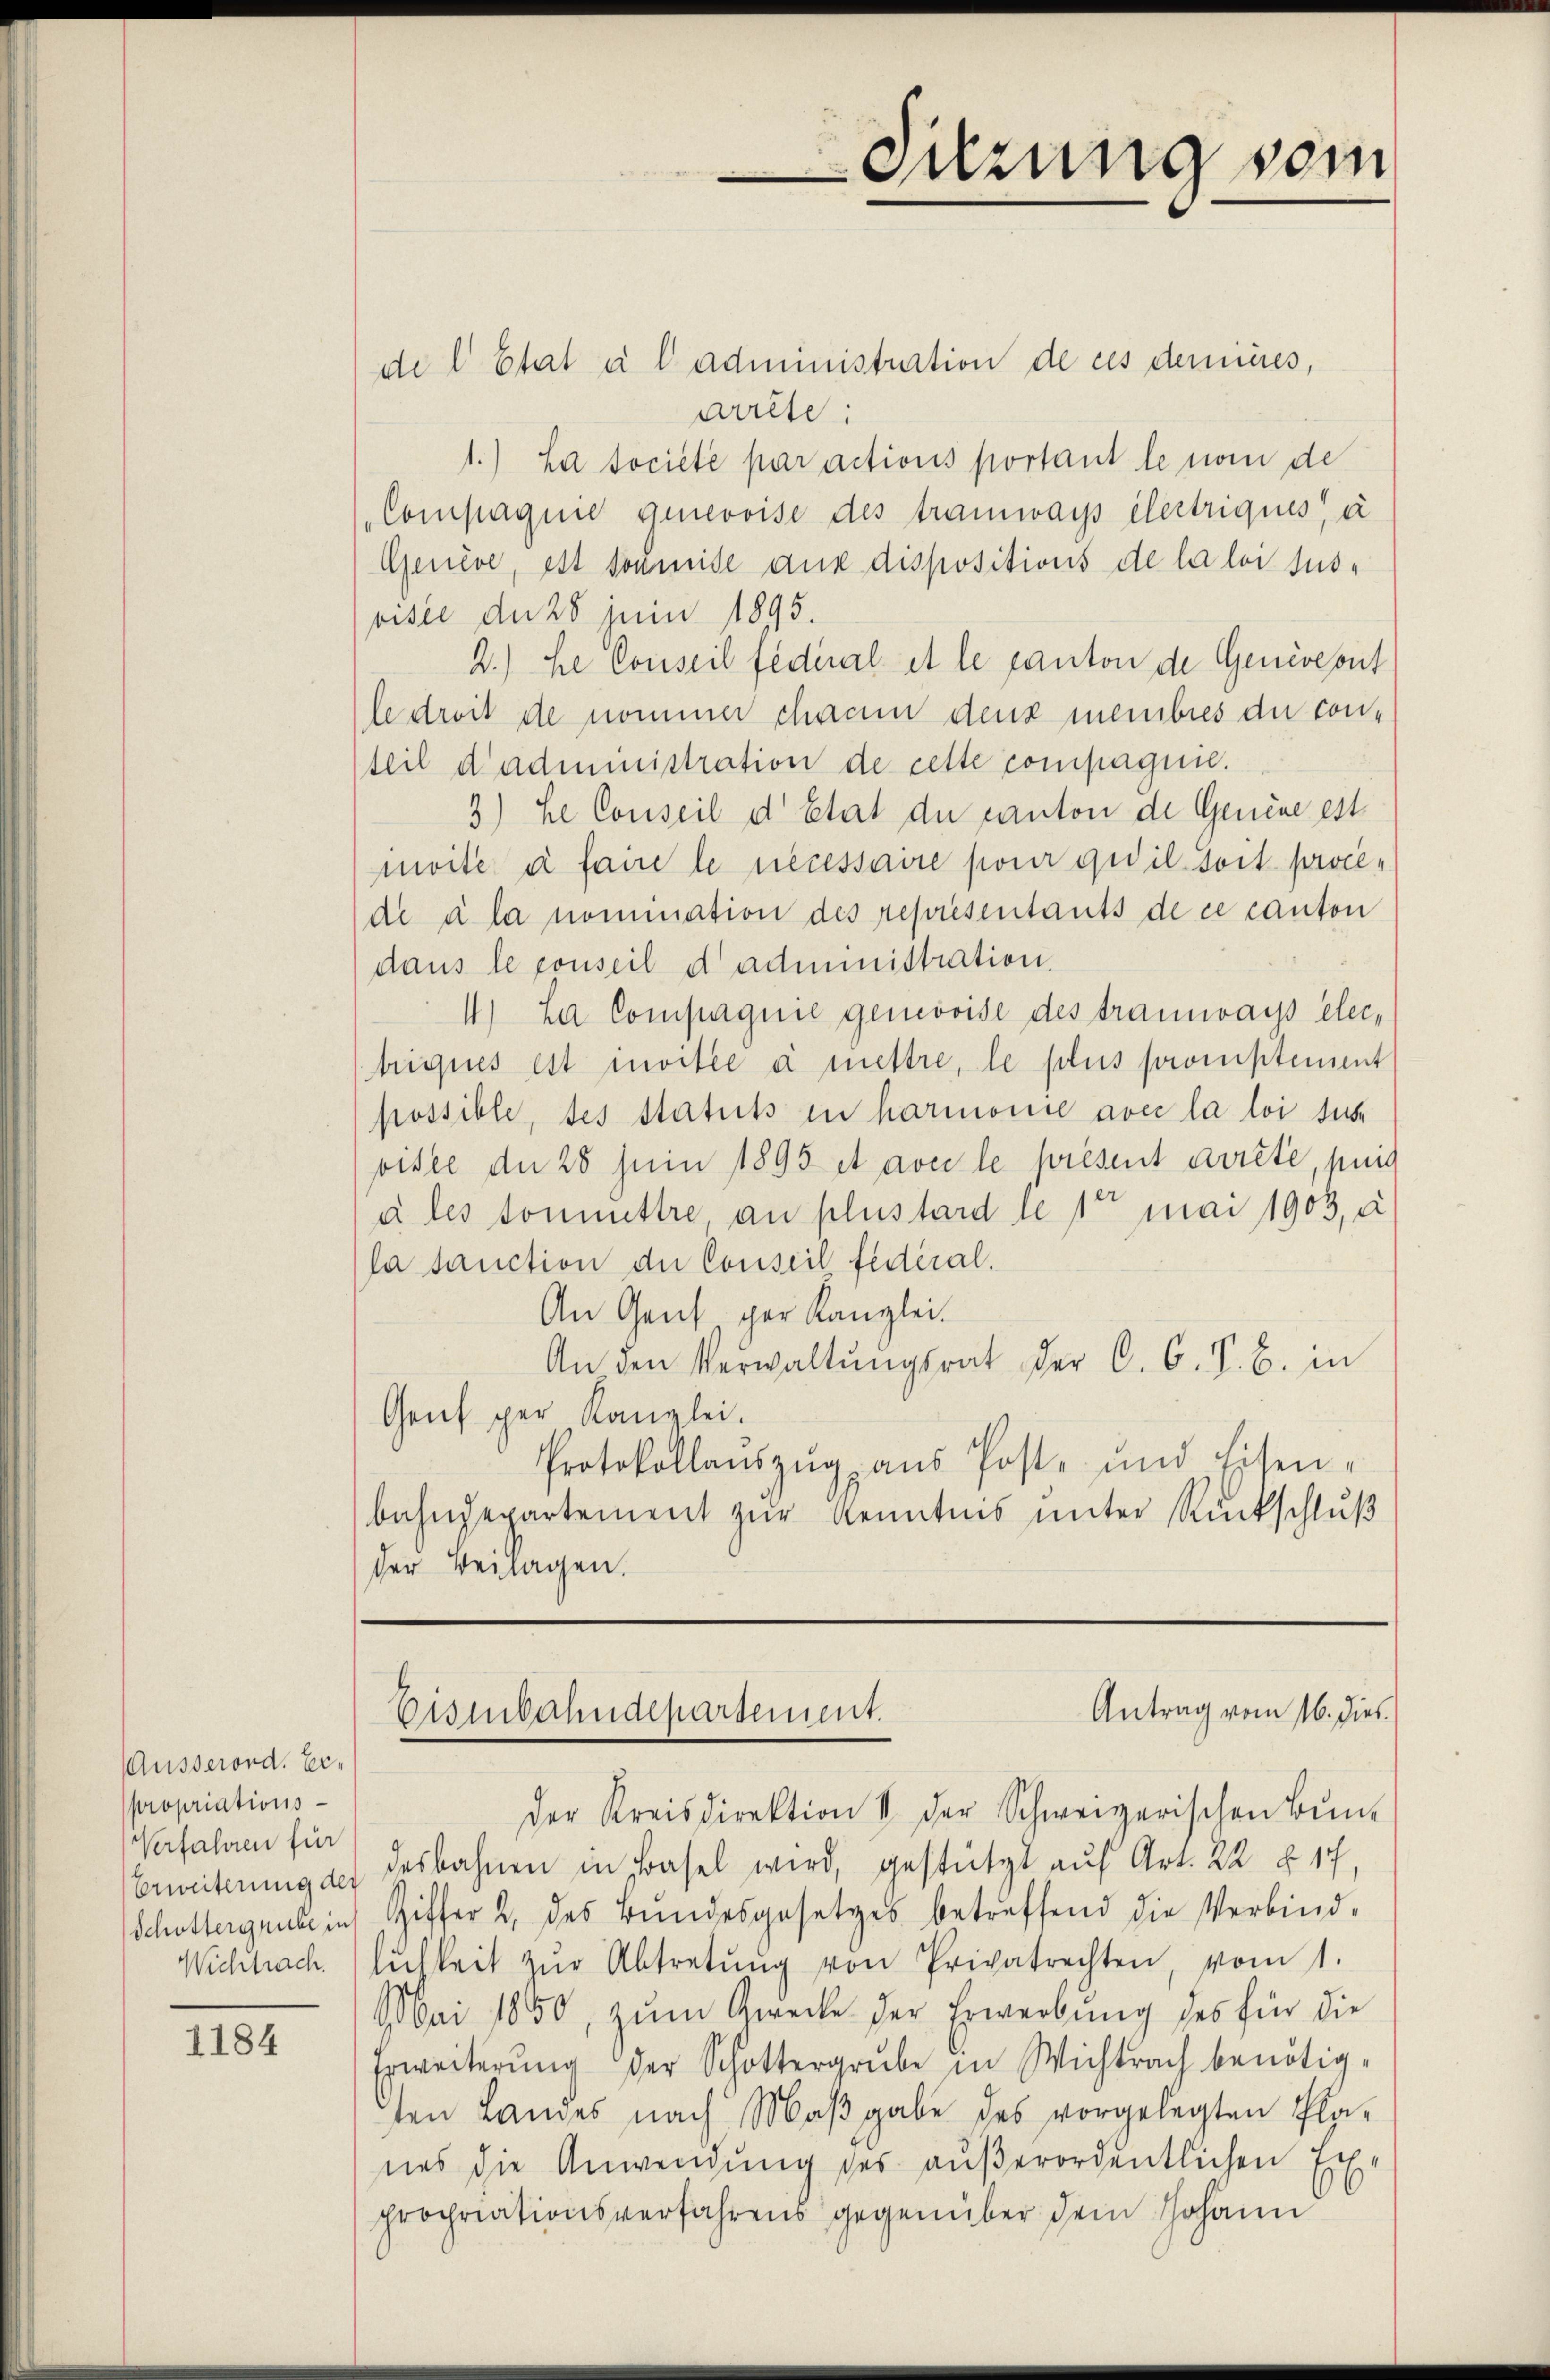
Ausserord. Erpropriations-
Verfahren für
Wichtrach

1184

del Etat à l administration de ces demnieres,
arrête:
1.) La société par actions portant le nom de
Compagnie genevoise des tramways élertriqués, à
Genève, est soumise aus dispositions de la loi sus-
oisie du 28 Juni 1895.
2.) He Conseil fédéral et le canton de Generont
le droit de nommer cham denz membres du con-
teil d’administration de cette compagnie.
3) he Conseil d’Etat der Canton de Genere est
moite à faire le necessaire pour qu’il soit procede à la nomination des representants de ce canton
dans le conseil d administration.
4. La Compagnie gemovise des tramwais electriques est invitée à mettre, le plus promptement
possible, des Statuts in harmonie avec la loi suc
oisel du 28 Juin 1895 et avec le présent arrete, jung
à les soumettre, au plus tard le 1te mai 1903, à
la tauction der Conseil fédéral.
An Gent per Kanzlei.
An den Verwaltŭngsrat der C. C. S. B. in
Genf per Kanzlei.
Protokollauszug aus Post- und Eisen-
bahndepartement zur Kenntnis unter Rückschluß
der Beilagen.

der Kreisdirektion & der Schweizerischen Bun-
Erweiterung des desbahnen in Basel wird, gestützt auf Art. 22 § 17,
Schottergrube in Ziffer 2. des Bundesgesetzes betreffend die Verbind-
lichkeit zŭr Abtretŭng von Privatrechten, vom 1.
Mai 1850, zŭm Zwecke der Erwerbŭng des für die
Erweiterŭng der Schottergrube in Wichtrach benötig-
ten Landes nach Maβgabe des vorgelegten Pla-
,
nes die Anwendung des außerordentlichen
u
prochriationsverfahrens gegenüber dem Johann

Suzung vom

Antrag vom 16. dies
Enenbahndepartement.